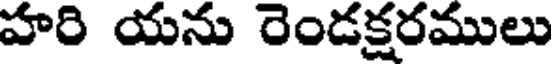
హరి యను రెండక్షరములు